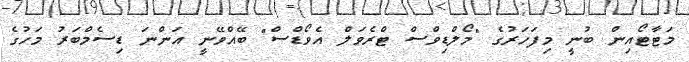
މަޓާޓޯއިން ބުނީ މިފަހަރުގެ "މޯލްޑިވްސް ޓްރެވަލް އެވޯޑްސް" ބޭއްވޭނީ އަންނަ ޑިސެމްބަރު މަހުގެ